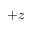
+ z